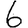
Digit: 6